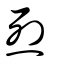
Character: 烈